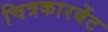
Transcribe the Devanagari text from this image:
चित्रकारबेंट